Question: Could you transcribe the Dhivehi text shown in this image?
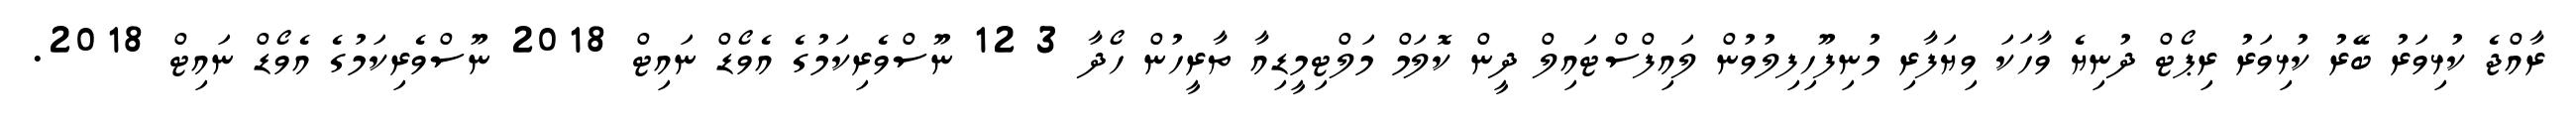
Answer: ރާއްޖެ ކުޅިވަރު ބޭރު ކުޅިވަރު ރިޕޯޓް ދުނިޔެ ވާހަކަ ވިޔަފާރި މުނިފޫހިފިލުވުން ލައިފްސްޓައިލް ދީން ކޮލަމް މަލްޓިމީޑިއާ ތާރީހުން ހޯދާ 3 12 ނޫސްވެރިކަމުގެ އެވޯޑް ނައިޓް 2018 ނޫސްވެރިކަމުގެ އެވޯޑް ނައިޓް 2018.